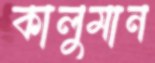
কালুমান